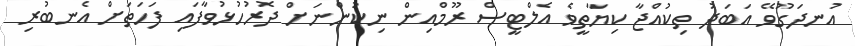
އުނދަގޫވޭ އަބަދު ތިކުއްޖާ ކިޔާތީވެ އެލްޓީސް ރޫމްއިން ނިކުންނަަށް ދޮރުހުޅުވާފައި ފަހަތަށް އެނބުރި